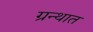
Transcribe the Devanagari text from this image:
ग्रन्थात